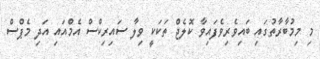
މި މިމުބާރާތުގައި ބައިވެރިވެފައިވާ ކޮލެޖް ތަކަކީ ވިލާ ސައިރިކްސް އެމްއައި އަދި މެޕްސް